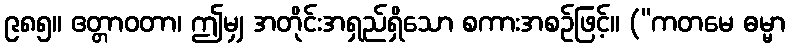
၉၈၅။ ဧတ္တာဝတာ၊ ဤမျှ အတိုင်းအရှည်ရှိသော စကားအစဉ်ဖြင့်။ (“ကတမေ ဓမ္မာ